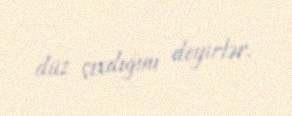
düz çıxdığını deyirlər.